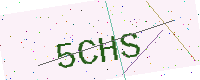
Text: 5CHS